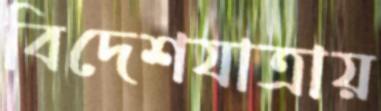
বিদেশযাত্রায়